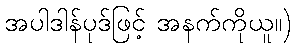
အပါဒါန်ပုဒ်ဖြင့် အနက်ကိုယူ။)